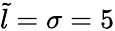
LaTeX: \tilde{l}=\sigma=5